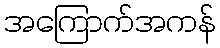
အကြောက်အကန်